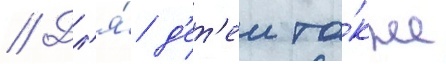
// Дл'я́ д'ет'еи та́кже